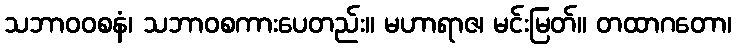
သဘာဝဝစနံ၊ သဘာဝစကားပေတည်း။ မဟာရာဇ၊ မင်းမြတ်။ တထာဂတော၊